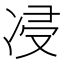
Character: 㓎